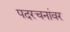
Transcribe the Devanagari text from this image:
पदरचनांवर